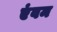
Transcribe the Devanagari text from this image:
एंवम